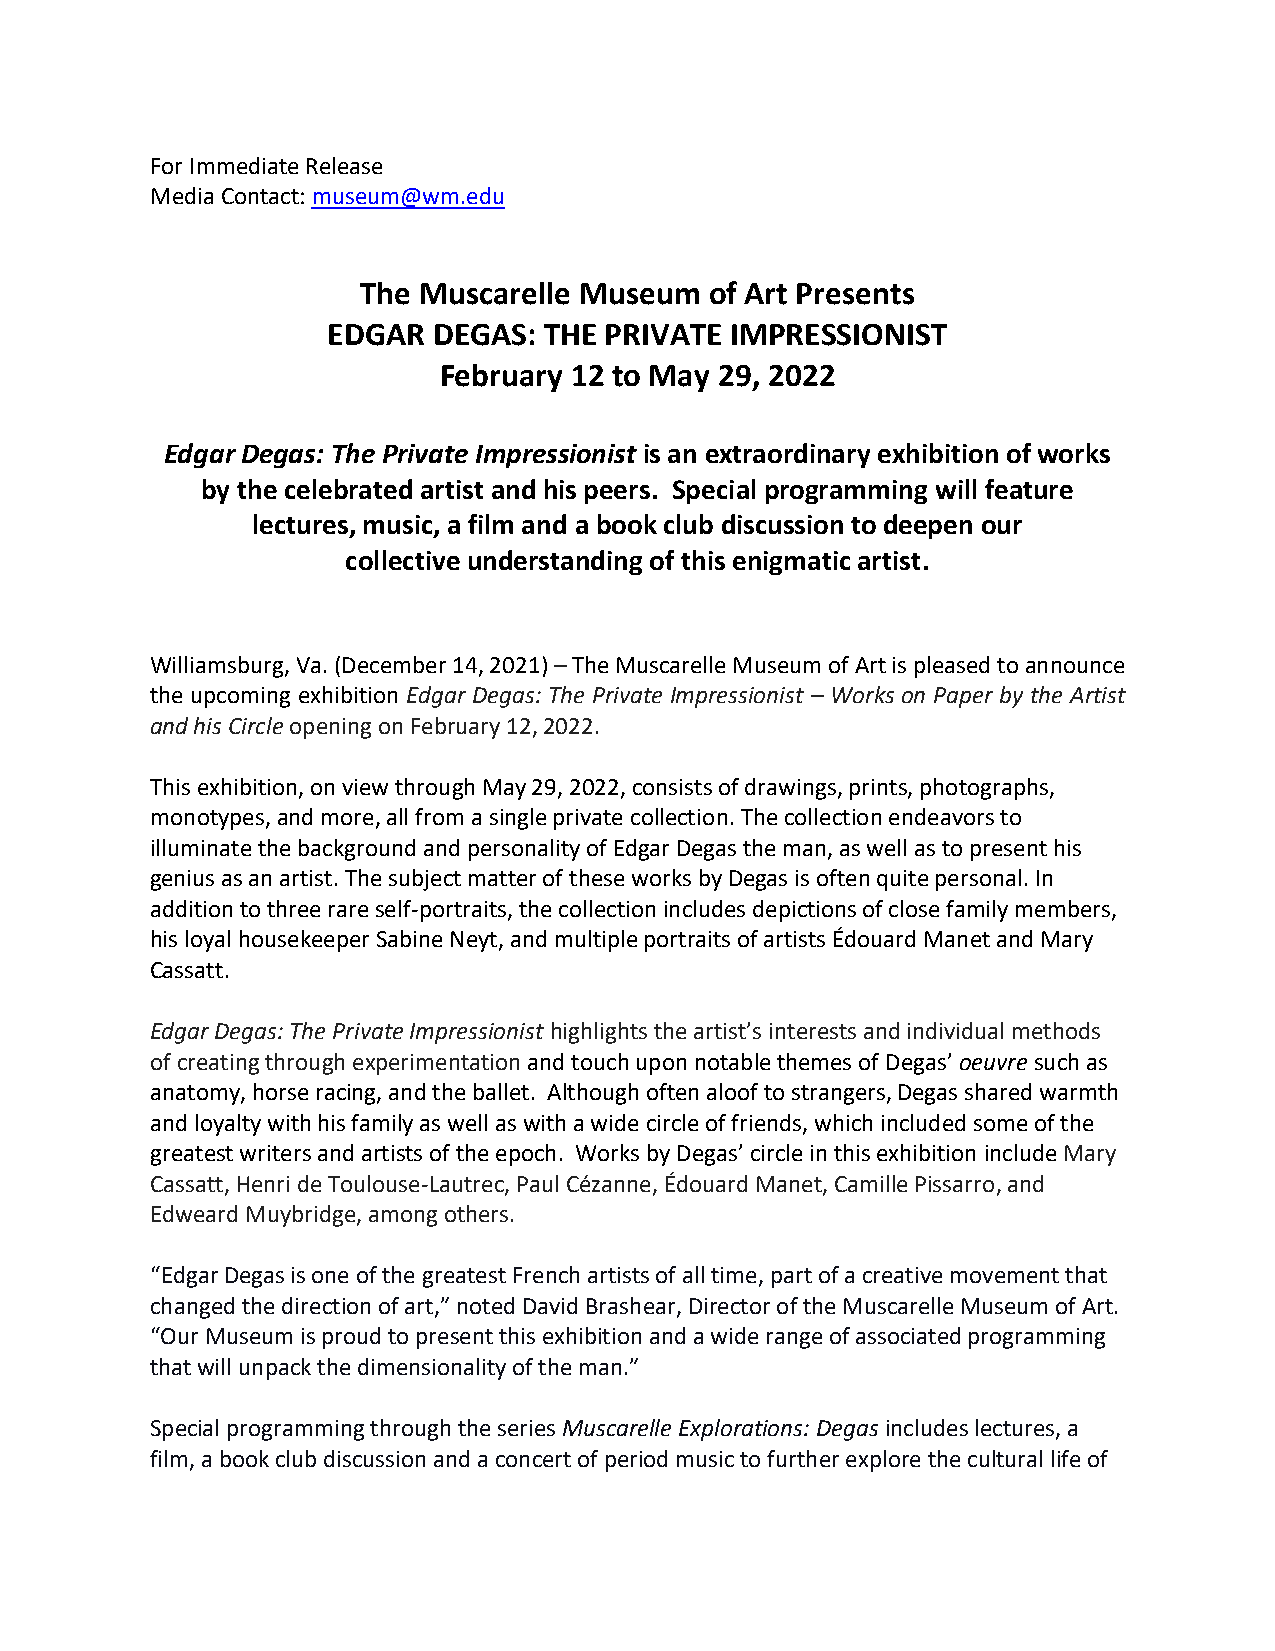
For Immediate Release
 Media Contact: museum@wm.edu
 The Muscarelle Museum  of Art Presents
 EDGAR  DEGAS: THE PRIVATE IMPRESSIONIST
 February 12 to May 29, 2022
 Edgar Degas: The Private Impressionist is an extraordinary exhibition of works
 by the celebrated artist and his peers. Special programming will feature
 lectures, music, a film and a book club discussion to deepen our
 collective understanding of this enigmatic artist.
 Williamsburg, Va. (December 14, 2021) – The Muscarelle Museum of Art is pleased to announce
 the upcoming exhibition Edgar Degas: The Private Impressionist – Works on Paper by the Artist
 and his Circle opening on February 12, 2022.
 This exhibition, on view through May 29, 2022, consists of drawings, prints, photographs,
 monotypes, and more, all from a single private collection. The collection endeavors to
 illuminate the background and personality of Edgar Degas the man, as well as to present his
 genius as an artist. The subject matter of these works by Degas is often quite personal. In
 addition to three rare self-portraits, the collection includes depictions of close family members,
 his loyal housekeeper Sabine Neyt, and multiple portraits of artists Édouard Manet and Mary
 Cassatt.
 Edgar Degas: The Private Impressionist highlights the artist’s interests and individual methods
 of creating through experimentation and touch upon notable themes of Degas’ oeuvre such as
 anatomy, horse racing, and the ballet. Although often aloof to strangers, Degas shared warmth
 and loyalty with his family as well as with a wide circle of friends, which included some of the
 greatest writers and artists of the epoch. Works by Degas’ circle in this exhibition include Mary
 Cassatt, Henri de Toulouse-Lautrec, Paul Cézanne, Édouard Manet, Camille Pissarro, and
 Edweard Muybridge, among others.
 “Edgar Degas is one of the greatest French artists of all time, part of a creative movement that
 changed the direction of art,” noted David Brashear, Director of the Muscarelle Museum of Art.
 “Our Museum is proud to present this exhibition and a wide range of associated programming
 that will unpack the dimensionality of the man.”
 Special programming through the series Muscarelle Explorations: Degas includes lectures, a
 film, a book club discussion and a concert of period music to further explore the cultural life of